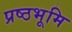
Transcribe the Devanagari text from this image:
प्रष्ठभूमि